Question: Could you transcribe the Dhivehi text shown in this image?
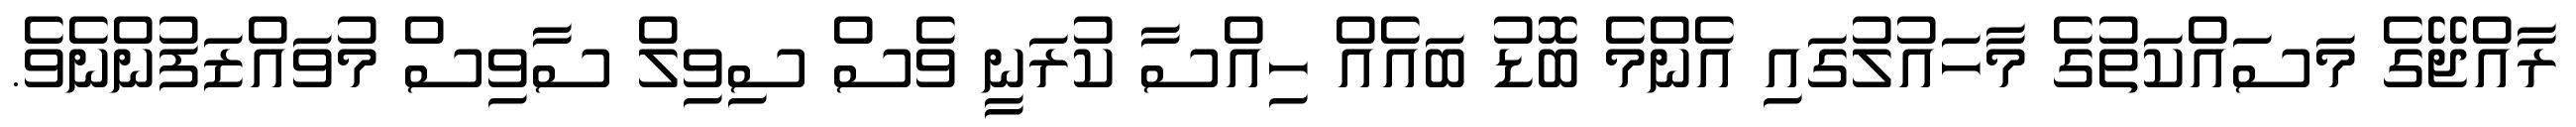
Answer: ރާއްޖޭގެ މަސައްކަތުގެ މާހައުލުގައި އެންމެ ބޮޑު ބައެއް ހިއްސާ ކުރަނީ ވެސް ސިވިލް ސާވިސް މުވައްޒަފުންނެވެ.